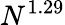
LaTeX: N^{1.29}